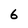
Character: 6